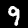
Digit: 9